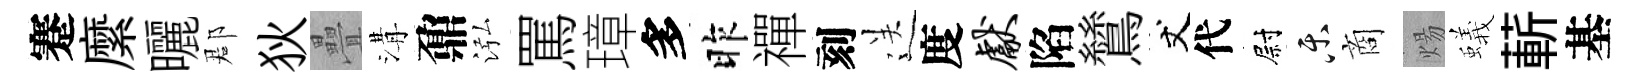
蹇縻曬郡狄疊溝鼐泓罵璋多昨禪刻送度献陷鷥丈代尉乐商煬蟻蔪基